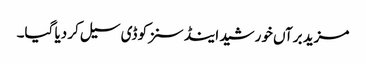
مزید برآں خورشید اینڈ سنزکو ڈی سیل کر دیا گیا۔